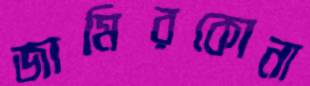
জামিরকোনা